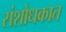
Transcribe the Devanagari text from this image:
संशोधकात